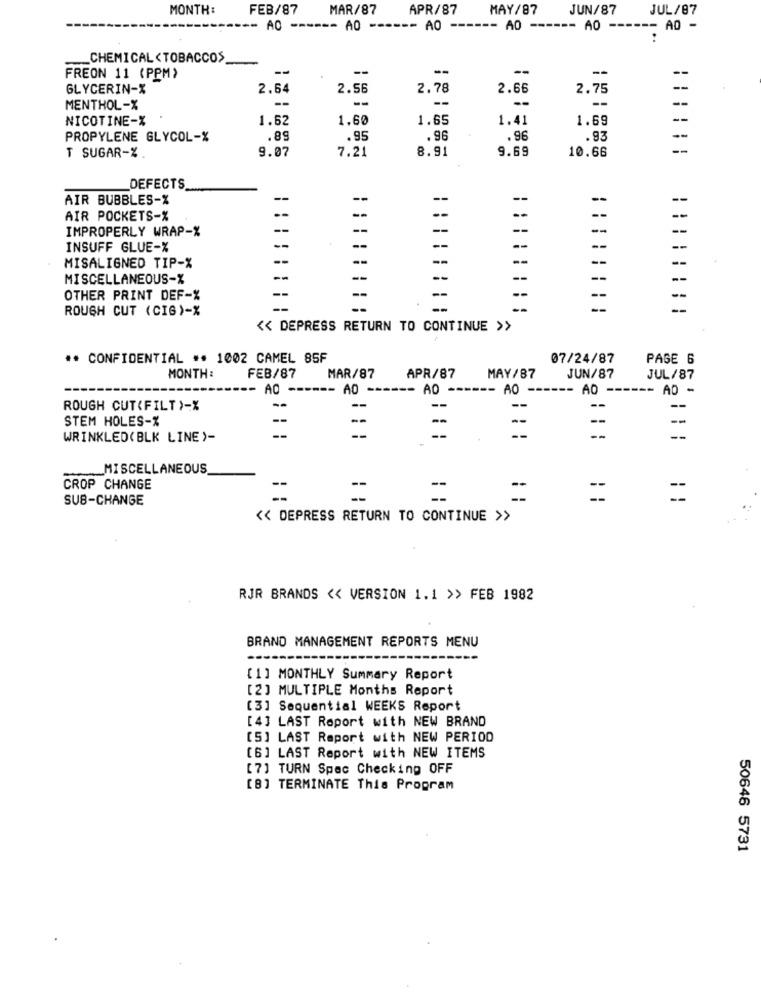
MONTH :
FEB/87
MAR/87
APR/87
MAY/87
JUN/87
JUL/87
-- AC -
--- A0 ---
- A0 ---
--- A0 ------ A0 ------ A0 -
__ CHEMICAL<TOBACCOS
--
--
--
--
FREON 11 (PPM)
GLYCERIN-X
2.64
2.56
2.78
2.66
2.75
--
--
-
--
--
MENTHOL-X
--
--
NICOTINE-X
1.62
1.60
1.65
1.41
1.69
PROPYLENE GLYCOL-%
.89
.95
.96
.96
.93
--
8.91
9.69
--
T SUGAR-%
9.07
7.21
10.66
DEFECTS
AIR BUBBLES-%
--
--
--
--
--
--
AIR POCKETS-%
--
--
--
IMPROPERLY WRAP-%
--
--
--
--
--
-
INSUFF GLUE-X
--
--
--
--
--
--
--
--
MISALIGNED TIP-%
MISCELLANEOUS-X
--
--
--
OTHER PRINT DEF-%
--
--
ROUGH CUT (CIS)-%
--
<< DEPRESS RETURN TO CONTINUE >>
** CONFIDENTIAL ** 1002 CAMEL 85F
07/24/87
PAGE 6
MONTH :
FEB/87
MAR/87
APR/87
MAY/87
JUN/87
JUL/87
- AO
AO
AO
AO
AO
AD -
ROUGH CUT(FILT)-%
--
--
--
STEM HOLES-%
--
--
--
WRINKLED(BLK LINE)-
_MISCELLANEOUS
CROP CHANGE
--
--
SUB-CHANGE
=
=
<< DEPRESS RETURN TO CONTINUE >>
RJR BRANDS << VERSION 1.1 >> FEB 1982
BRAND MANAGEMENT REPORTS MENU
[1] MONTHLY Summary Report
[2] MULTIPLE Months Report
[3] Sequential WEEKS Report
[4] LAST Report with NEW BRAND
[5] LAST Report with NEW PERIOD
[6] LAST Report with NEW ITEMS
[7] TURN Spac Checking OFF
[8] TERMINATE This Program
50646 5731